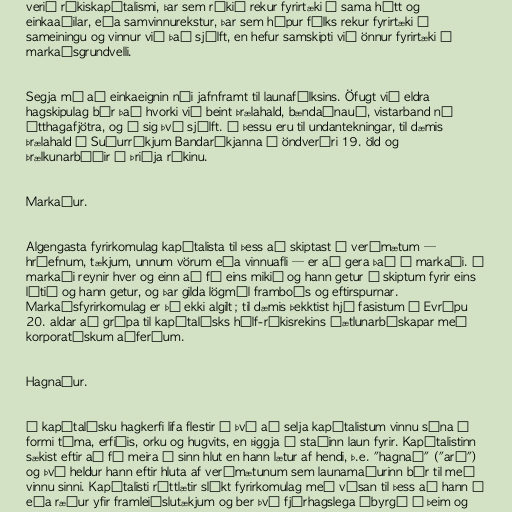
verið ríkiskapítalismi, þar sem ríkið rekur fyrirtæki á sama hátt og
einkaaðilar, eða samvinnurekstur, þar sem hópur fólks rekur fyrirtæki í
sameiningu og vinnur við það sjálft, en hefur samskipti við önnur fyrirtæki á
markaðsgrundvelli.

Segja má að einkaeignin nái jafnframt til launafólksins. Öfugt við eldra
hagskipulag býr það hvorki við beint þrælahald, bændaánauð, vistarband né
átthagafjötra, og á sig því sjálft. Á þessu eru til undantekningar, til dæmis
þrælahald í Suðurríkjum Bandaríkjanna á öndverðri 19. öld og
þrælkunarbúðir í Þriðja ríkinu.

Markaður.

Algengasta fyrirkomulag kapítalista til þess að skiptast á verðmætum —
hráefnum, tækjum, unnum vörum eða vinnuafli — er að gera það á markaði. Á
markaði reynir hver og einn að fá eins mikið og hann getur í skiptum fyrir eins
lítið og hann getur, og þar gilda lögmál framboðs og eftirspurnar.
Markaðsfyrirkomulag er þó ekki algilt; til dæmis þekktist hjá fasistum í Evrópu
20. aldar að grípa til kapítalísks hálf-ríkisrekins áætlunarbúskapar með
korporatískum aðferðum.

Hagnaður.

Í kapítalísku hagkerfi lifa flestir á því að selja kapítalistum vinnu sína í
formi tíma, erfiðis, orku og hugvits, en þiggja í staðinn laun fyrir. Kapítalistinn
sækist eftir að fá meira í sinn hlut en hann lætur af hendi, þ.e. "hagnað" ("arð")
og því heldur hann eftir hluta af verðmætunum sem launamaðurinn býr til með
vinnu sinni. Kapítalisti réttlætir slíkt fyrirkomulag með vísan til þess að hann á
eða ræður yfir framleiðslutækjum og ber því fjárhagslega ábyrgð á þeim og